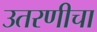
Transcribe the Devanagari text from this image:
उतरणीचा